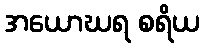
အယောဃရ စရိယ